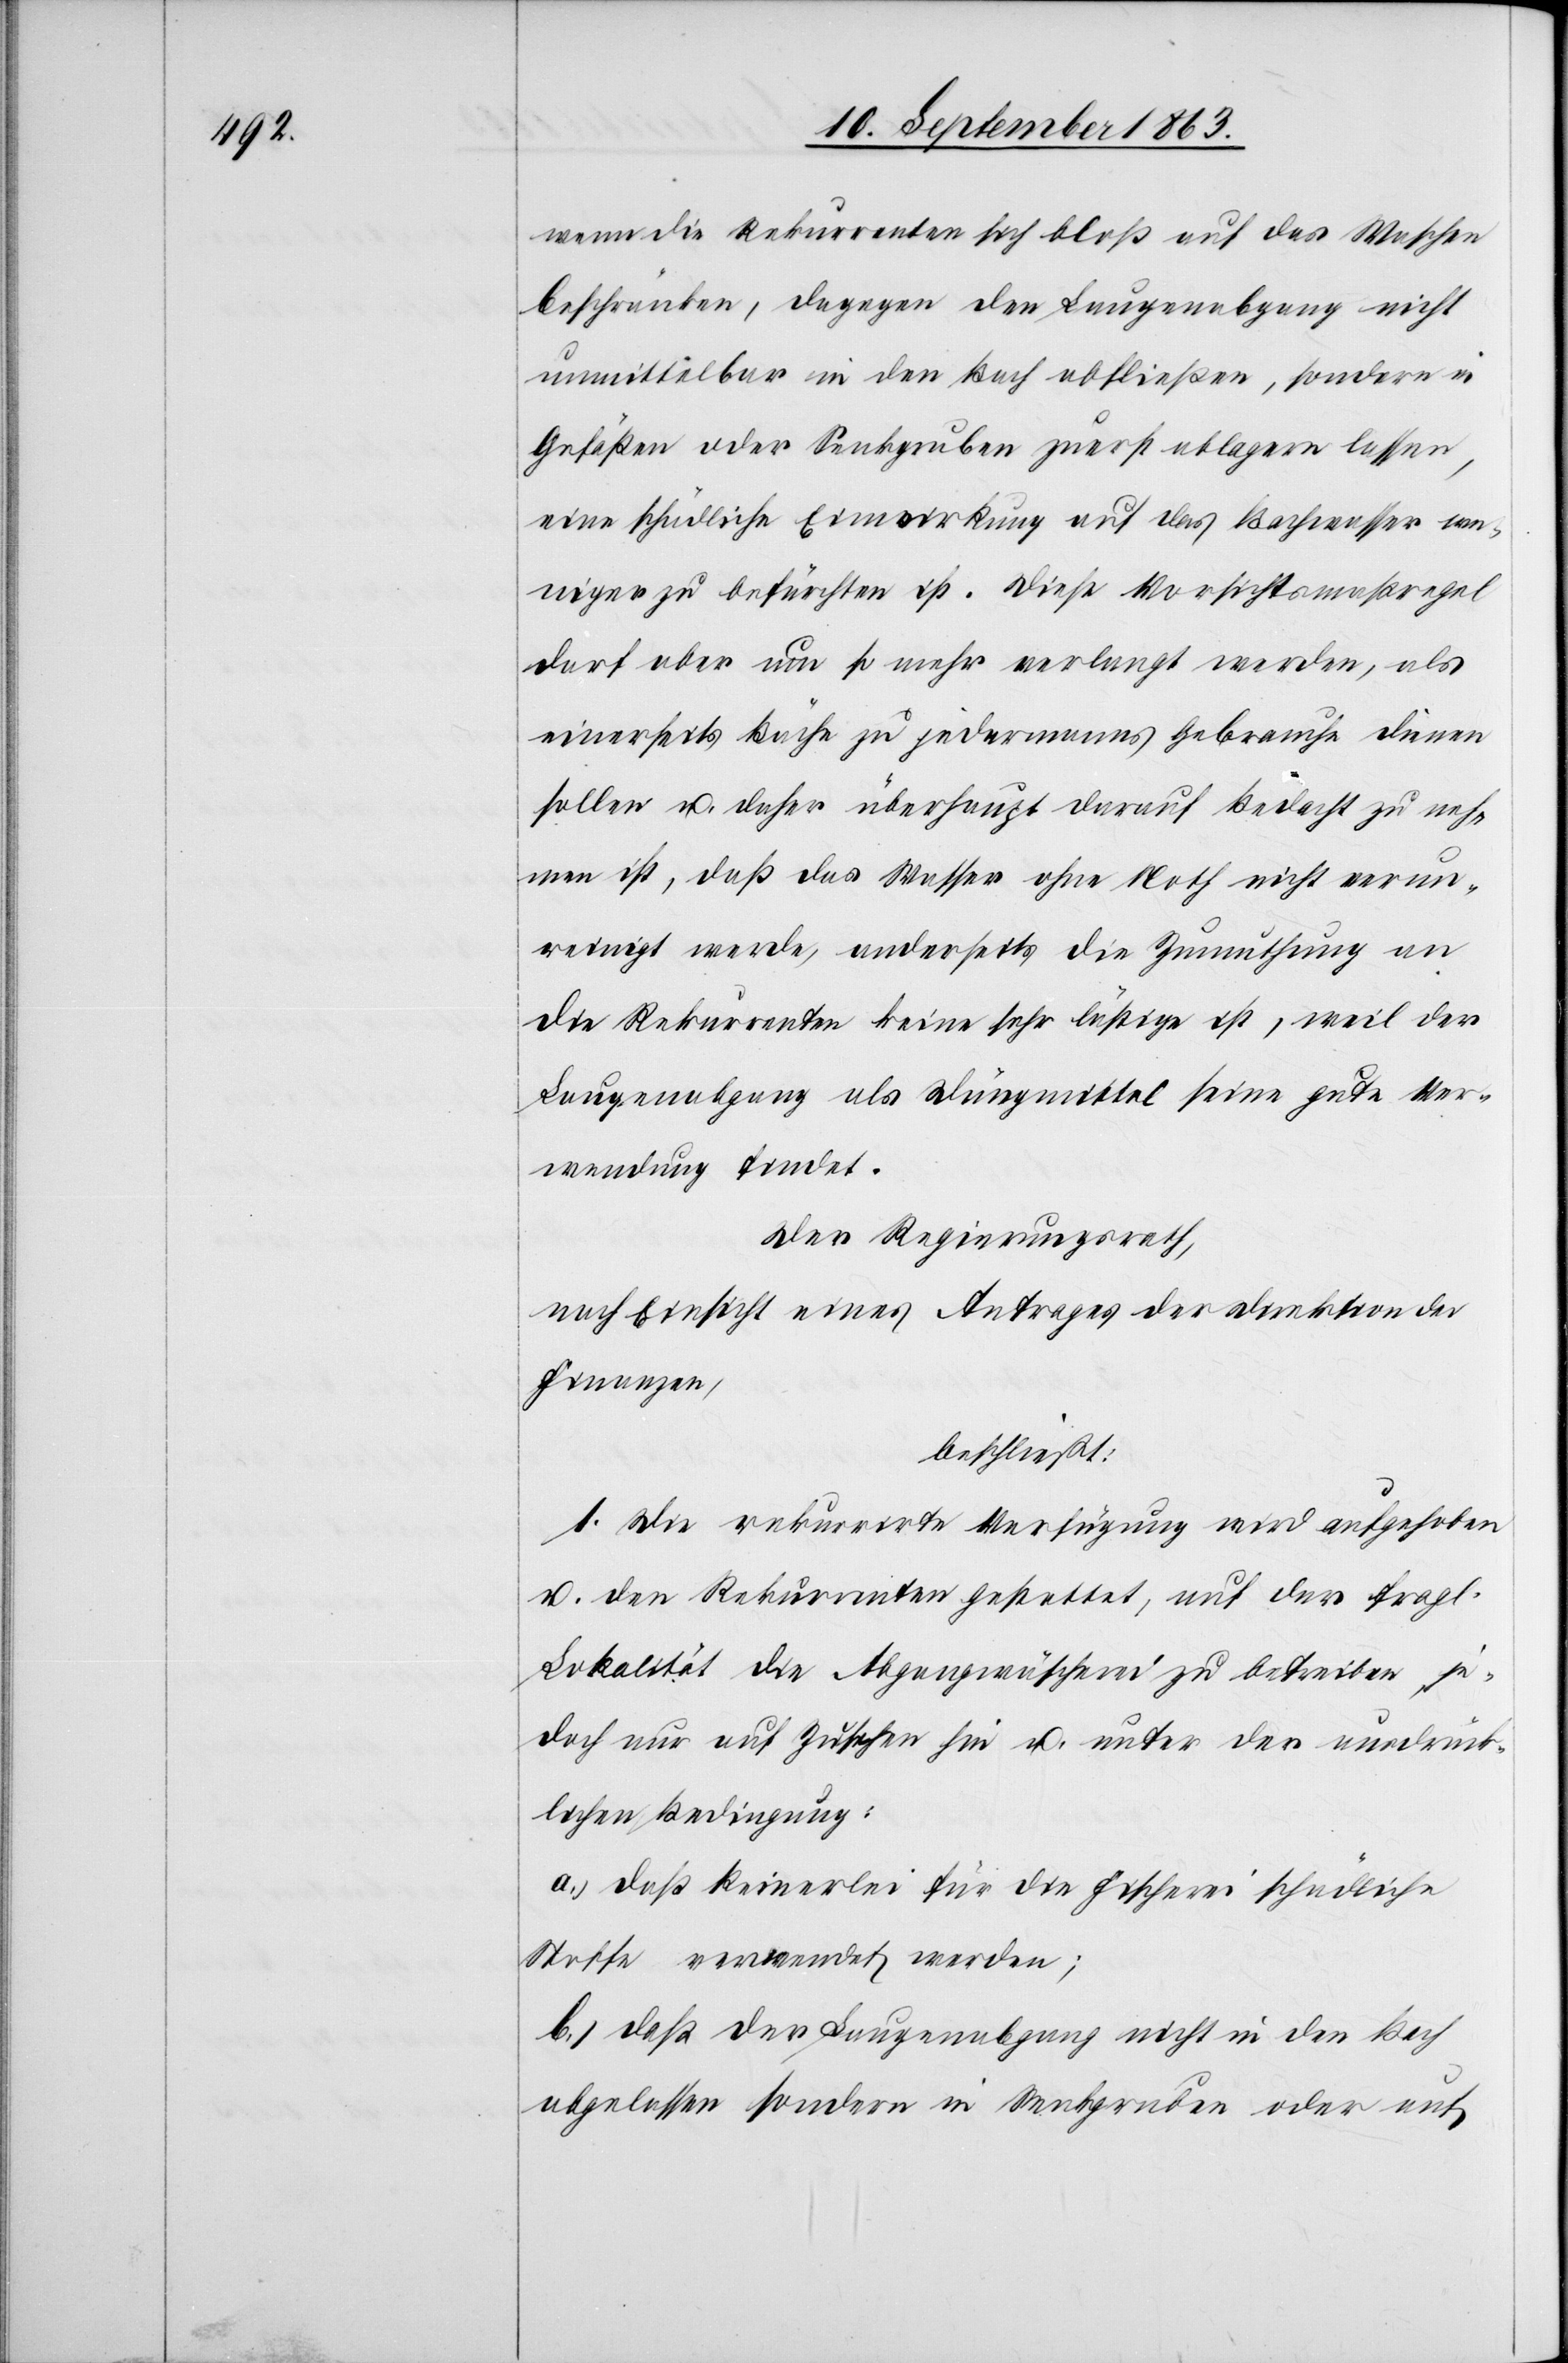
wenn die Rekurrenten sich bloß auf das Waschen
beschränken, dagegen den Laugenabgang nicht
unmittelbar in den Bach abfließen, sondern in
Gefäßen oder Senkgruben zuerst ablagern lassen,
eine schädliche Einwirkung auf das Bachwasser we¬
niger zu befürchten ist. Diese Vorsichtsmaßregel
darf aber um so mehr verlangt werden, als
einerseits Bäche zu jedermanns Gebrauche dienen
sollen u. daher überhaupt darauf Bedacht zu neh¬
men ist, daß das Wasser ohne Noth nicht verun¬
reinigt werde, anderseits die Zumuthung an
die Rekurrenten keine sehr lästige ist, weil der
Laugenabgang als Düngmittel seine gute Ver¬
wendung findet.
Der Regierungsrath,
nach Einsicht eines Antrages der Direktion der
Finanzen,
beschließt:
1. Die rekurrirte Verfügung wird aufgehoben
u. den Rekurrenten gestattet, auf der fragl.
Lokalität die Abgangwäscherei zu betreiben, je¬
doch nur auf Zusehen hin u. unter der ausdrück¬
lichen Bedingung:
a.) daß keinerlei für die Fischerei schädliche
Stoffe verwendet werden;
b.) das der Laugenabgang nicht in den Bach
abgelassen sondern in Senkgruben oder auf